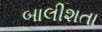
બાલીશતા